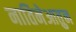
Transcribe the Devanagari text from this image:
नातिनेआतुन